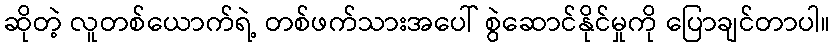
ဆိုတဲ့ လူတစ်ယောက်ရဲ့ တစ်ဖက်သားအပေါ် စွဲဆောင်နိုင်မှုကို ပြောချင်တာပါ။